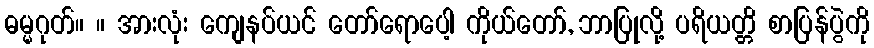
ဓမ္မဂုတ်။ ။ အားလုံး ကျေနပ်ယင် တော်ရောပေါ့ ကိုယ်တော်, ဘာပြုလို့ ပရိယတ္တိ စာပြန်ပွဲကို